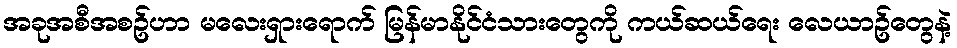
အခုအစီအစဥ်ဟာ မလေးရှားရောက် မြန်မာနိုင်ငံသားတွေကို ကယ်ဆယ်ရေး လေယာဥ်တွေနဲ့